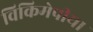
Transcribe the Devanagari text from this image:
विकिमेपीया